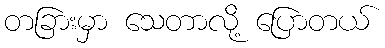
တခြားမှာ သေတာလို့ ပြောတယ်